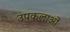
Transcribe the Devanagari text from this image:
उपकलाओं